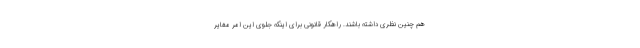
هم چنین نظری داشته باشند. راهکار قانونی برای اینکه جلوی این امر مغایر